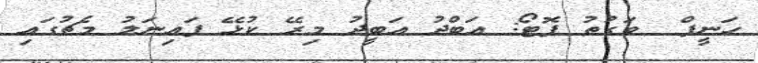
ހަނީފް  ވަގުތު ފޮޓޯ: އަބްދު އަބީދު މިރޭ ކުޅޭ ފައިނަލު މެޗުގައި